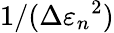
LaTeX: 1/(\Delta{\varepsilon_{n}}^{2})